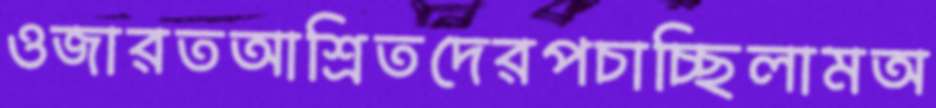
ওজারতআশ্রিতদেরপচাচ্ছিলামঅ